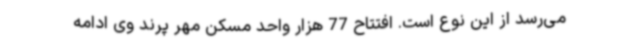
می‌رسد از این نوع است. افتتاح 77 هزار واحد مسکن مهر پرند وی ادامه